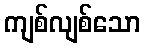
ကျစ်လျစ်သော